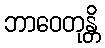
ဘာဝေတုန္တိ